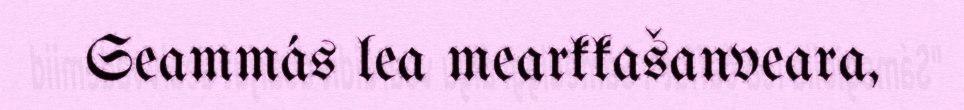
Seammás lea mearkkašanveara,